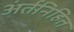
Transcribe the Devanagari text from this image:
अंर्तनिहित